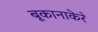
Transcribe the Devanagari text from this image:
बूकानाकेरे